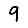
Digit: 9